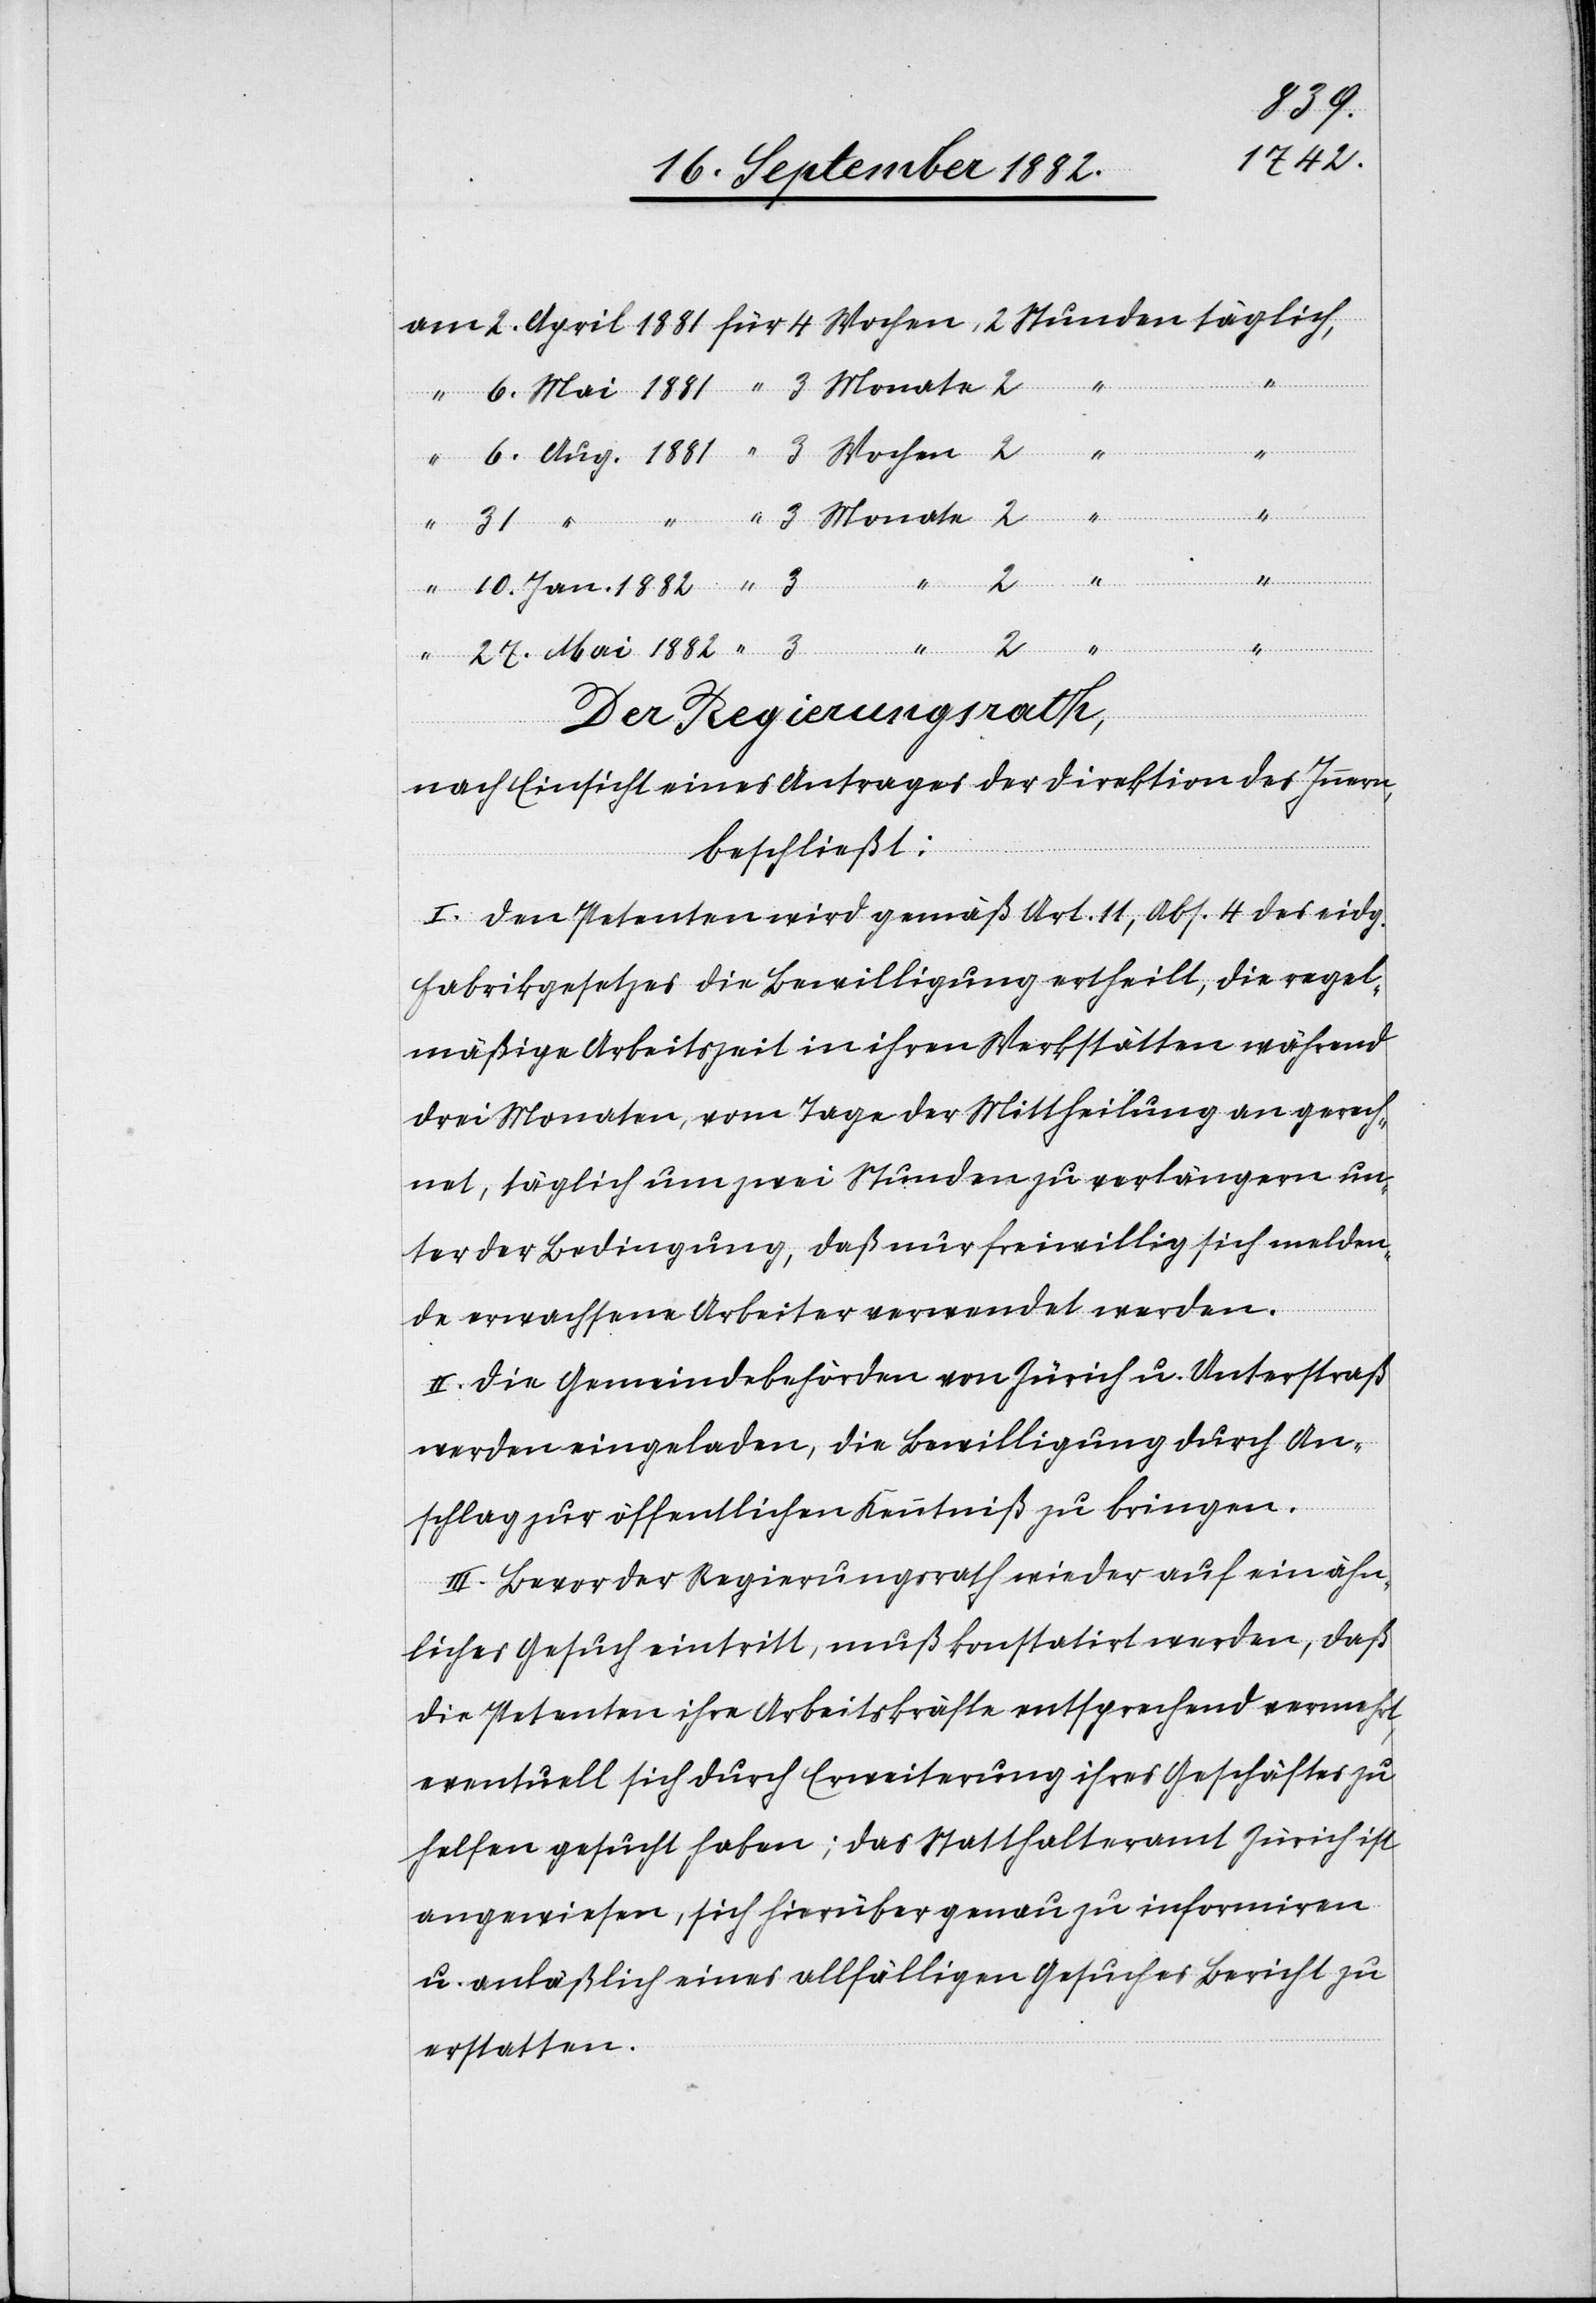
1882
Monate
Der Regierungsrath,
nach Einsicht eines Antrages der Direktion des Innern,
beschließt:
I. Den Petenten wird gemäß Art. 11, Abs. 4 des eidg.
Fabrikgesetzes die Bewilligung ertheilt, die regel¬
mäßige Arbeitszeit in ihren Werkstätten während
drei Monaten, vom Tage der Mittheilung an gerech¬
net, täglich um zwei Stunden zu verlängern un¬
ter der Bedingung, daß nur freiwillig sich melden¬
de erwachsene Arbeiter verwendet werden.
II. Die Gemeindebehörden von Zürich u. Unterstraß
werden eingeladen, die Bewilligung durch An¬
schlag zur öffentlichen Kenntniß zu bringen.
III. Bevor der Regierungsrath wieder auf ein ähn¬
liches Gesuch eintritt, muß konstatirt werden, daß
die Petentin ihre Arbeitskräfte entsprechend vermehrt,
eventuell sich durch Erweiterung ihres Geschäftes zu
helfen gesucht haben [sic!]; das Statthalteramt Zürich ist
angewiesen, sich hierüber genau zu informiren
u. anläßlich eines allfälligen Gesuches Bericht zu
erstatten.